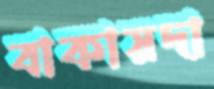
বাকায়দা